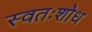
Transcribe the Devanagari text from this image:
स्वतःशोध